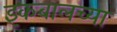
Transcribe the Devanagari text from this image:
इकबालच्या